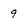
Character: 9